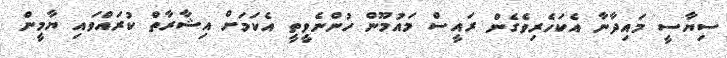
ސިޔާސީ މައިދާނާ އެކަހެރިވެގެން ރައީސް މައުމޫން ހުންނެވީތީ އެކަމަށް އިޝާރާތް ކުރައްވައި ޔާމީން